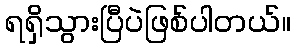
ရရှိသွားပြီပဲဖြစ်ပါတယ်။